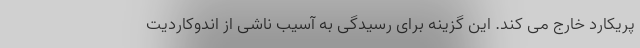
پریکارد خارج می کند. این گزینه برای رسیدگی به آسیب ناشی از اندوکاردیت